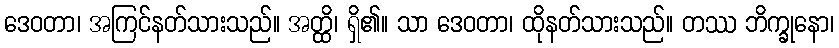
ဒေဝတာ၊ အကြင်နတ်သားသည်။ အတ္ထိ၊ ရှိ၏။ သာ ဒေဝတာ၊ ထိုနတ်သားသည်။ တဿ ဘိက္ခုနော၊